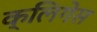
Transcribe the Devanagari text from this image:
क्लिगेस